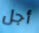
أجل